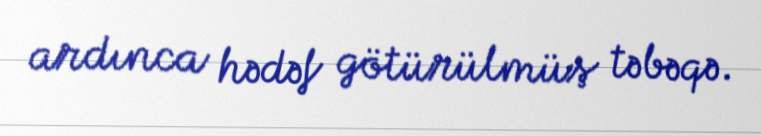
ardınca hədəf götürülmüş təbəqə.